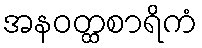
အနဝတ္ထစာရိကံ